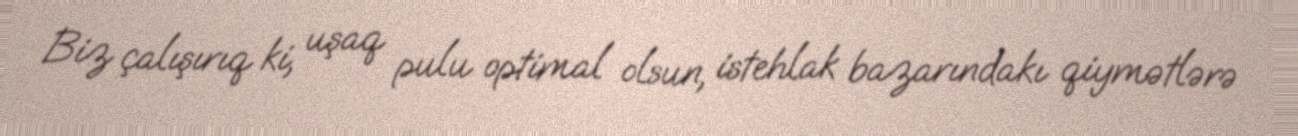
Biz çalışırıq ki, uşaq pulu optimal olsun, istehlak bazarındakı qiymətlərə